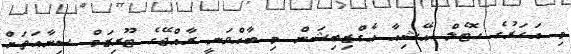
މި އަހަރުގެ ހޮޓެލް އޭޝިއާ އެގްޒިބިޝަން މި ބާއްވަނީ ރާއްޖޭގެ ޓޫރިޒަމް ސިނާއަތަށް